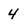
Character: 4